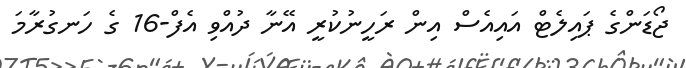
ޖޯޑަންގެ ޕައިލެޓް އައިއެސް އިން ރަހީނުކުރީ އޭނާ ދުއްވި އެފް-16 ގެ ހަނގުރާމަ